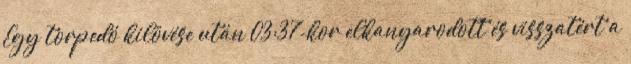
Egy torpedó kilövése után 03:37-kor elkanyarodott és visszatért a